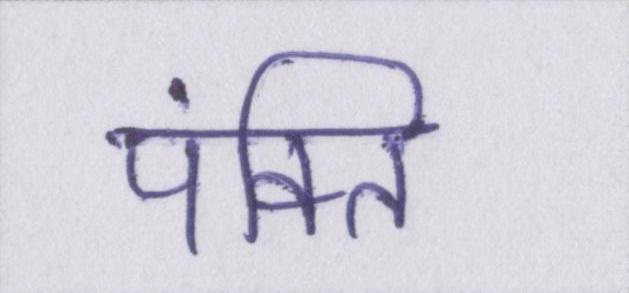
पंक्ति